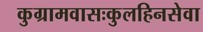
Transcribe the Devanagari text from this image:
कुग्रामवासःकुलहिनसेवा